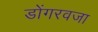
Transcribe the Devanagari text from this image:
डोंगरवजा